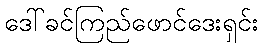
ဒေါ်ခင်ကြည်ဖောင်ဒေးရှင်း